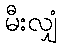
မီးလျှံ